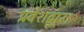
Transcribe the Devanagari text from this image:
प्रवेशद्वार।